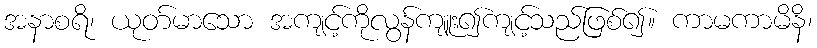
အနာစရိ၊ ယုတ်မာသော အကျင့်ကိုလွန်ကျူး၍ကျင့်သည်ဖြစ်၍။ ကာမကာမိနိ၊